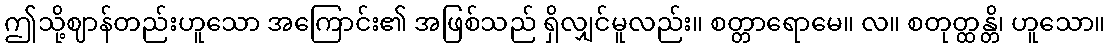
ဤသို့ဈာန်တည်းဟူသော အကြောင်း၏ အဖြစ်သည် ရှိလျှင်မူလည်း။ စတ္တာရောမေ။ လ။ စတုတ္ထန္တိ၊ ဟူသော။